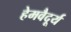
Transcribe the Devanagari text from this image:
हेमवैदूर्य